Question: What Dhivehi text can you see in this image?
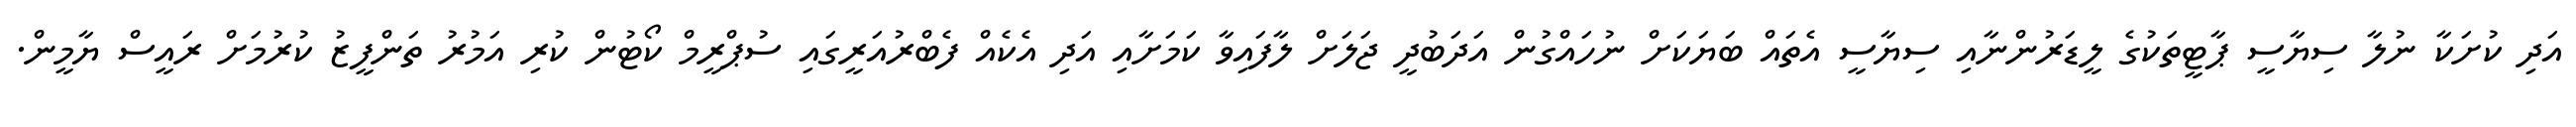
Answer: އަދި ކުށަކާ ނުލާ ސިޔާސީ ޕާޓީތަކުގެ ލީޑަރުންނާއި ސިޔާސީ އެތައް ބަޔަކަށް ނުހައްގުން އަދަބުދީ ޖަލަށް ލާފައިވާ ކަމަށާއި އަދި އެކެއް ފެބްރުއަރީގައި ސުޕްރީމް ކޯޓުން ކުރި އަމުރު ތަންފީޒު ކުރުމަށް ރައީސް ޔާމީން.